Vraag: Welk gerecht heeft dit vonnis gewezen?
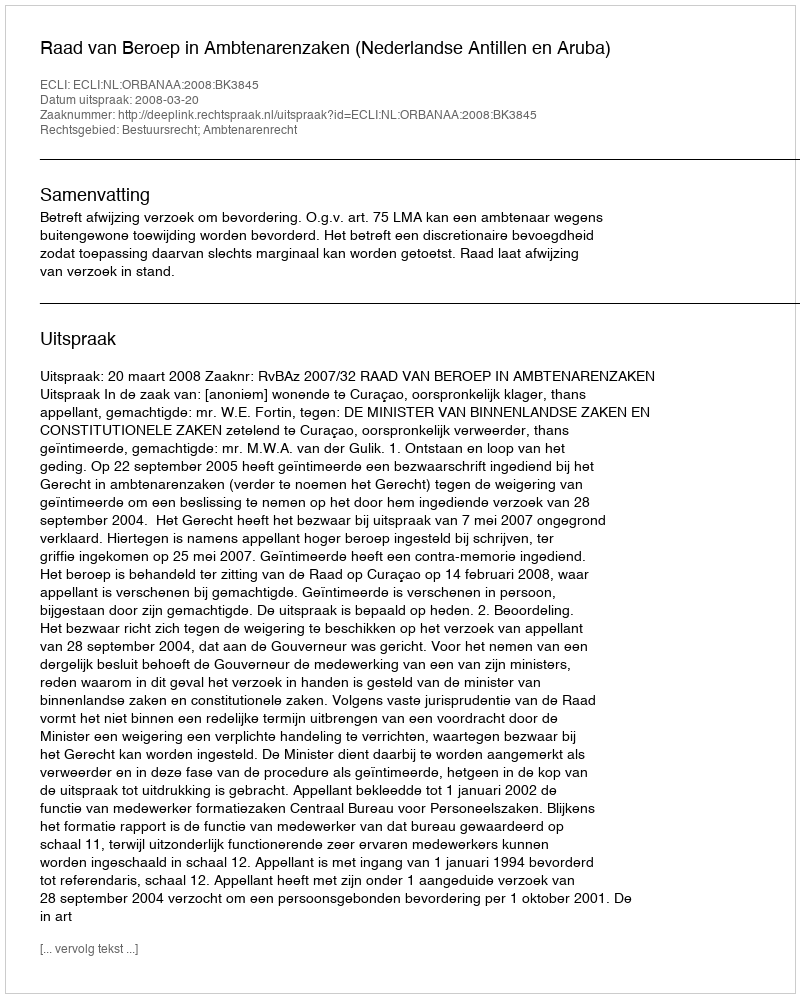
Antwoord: Raad van Beroep in Ambtenarenzaken (Nederlandse Antillen en Aruba)